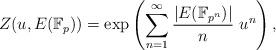
LaTeX: \begin{align*}Z(u, E({\Bbb F}_p))=\exp \left(\sum_{n=1}^{\infty} {|E({\Bbb F}_{p^n})|\over n} ~u^n\right),\end{align*}